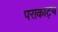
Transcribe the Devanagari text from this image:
पराकाट्य